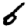
Digit: 6